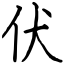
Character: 伏